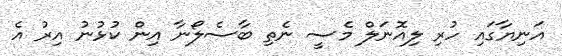
އަނިޔާގައި ހުރި ލިއޮނަލް މެސީ ނެތި ބާސެލޯނާ އިން ކުޅުނު އިރު އެ